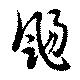
颺